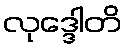
လုဒ္ဒေါတိ